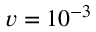
v = 1 0 ^ { - 3 }